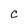
Character: C